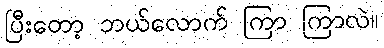
ပြီးတော့ ဘယ်လောက် ကြာ ကြာလဲ။